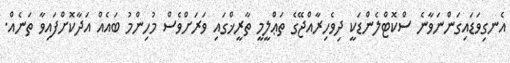
އެނގިވަޑައިގަންނަވާނެ ސްކޮޓްލެންޑަކީ ދިވެހިރާއްޖޭގެ ތަޢްލީމީ ތާރީޚްގައި ވަރަށްވެސް މުހިންމު ބައެއް އަދާކޮށްފައިވާ ތަނެއް.